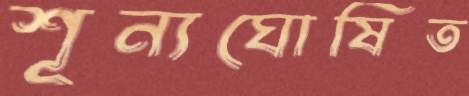
শূন্যঘোষিত